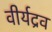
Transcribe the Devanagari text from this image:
वीर्यद्रव